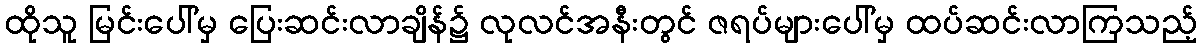
ထိုသူ မြင်းပေါ်မှ ပြေးဆင်းလာချိန်၌ လုလင်အနီးတွင် ဇရပ်များပေါ်မှ ထပ်ဆင်းလာကြသည့်